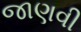
જાણવી